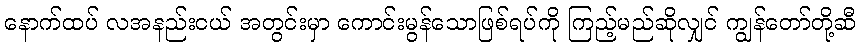
နောက်ထပ် လအနည်းငယ် အတွင်းမှာ ကောင်းမွန်သောဖြစ်ရပ်ကို ကြည့်မည်ဆိုလျှင် ကျွန်တော်တို့ဆီ